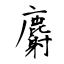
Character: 麝